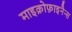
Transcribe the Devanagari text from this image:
माइक्रोफ़ाइनैन्स